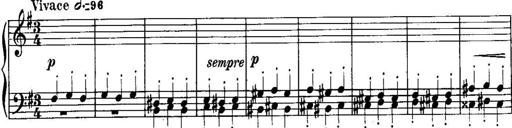
Title: Piano Sonatina No.1, Op.146
Composer: Stephen Heller